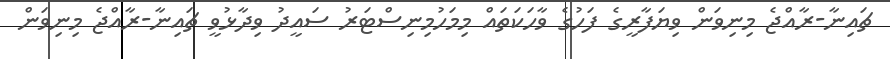
ޗައިނާ-ރާއްޖެ މިނިވަން ވިޔަފާރީގެ ފަހުގެ ވާހަކަތައް މިމަހުމިނިސްޓަރު ސައީދު ވިދާޅުވީ ޗައިނާ-ރާއްޖެ މިނިވަން